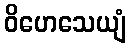
ဝိဟေသေယျံ